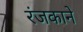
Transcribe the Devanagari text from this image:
रंजकाने